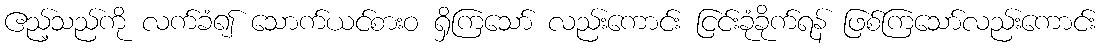
ဧည့်သည်ကို လက်ခံ၍ သောက်ယင်စားဝ ရှိကြသော် လည်းကောင်း ငြင်းခုံခိုက်ရန် ဖြစ်ကြသော်လည်းကောင်း